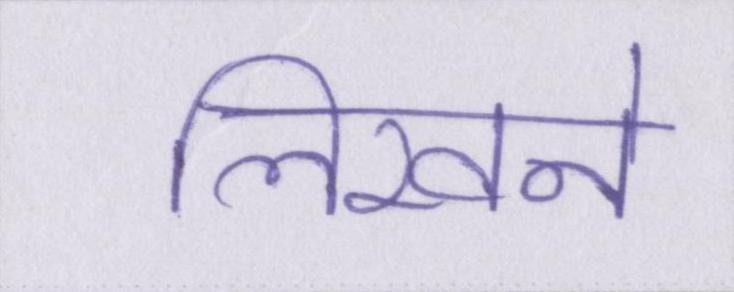
लिखने